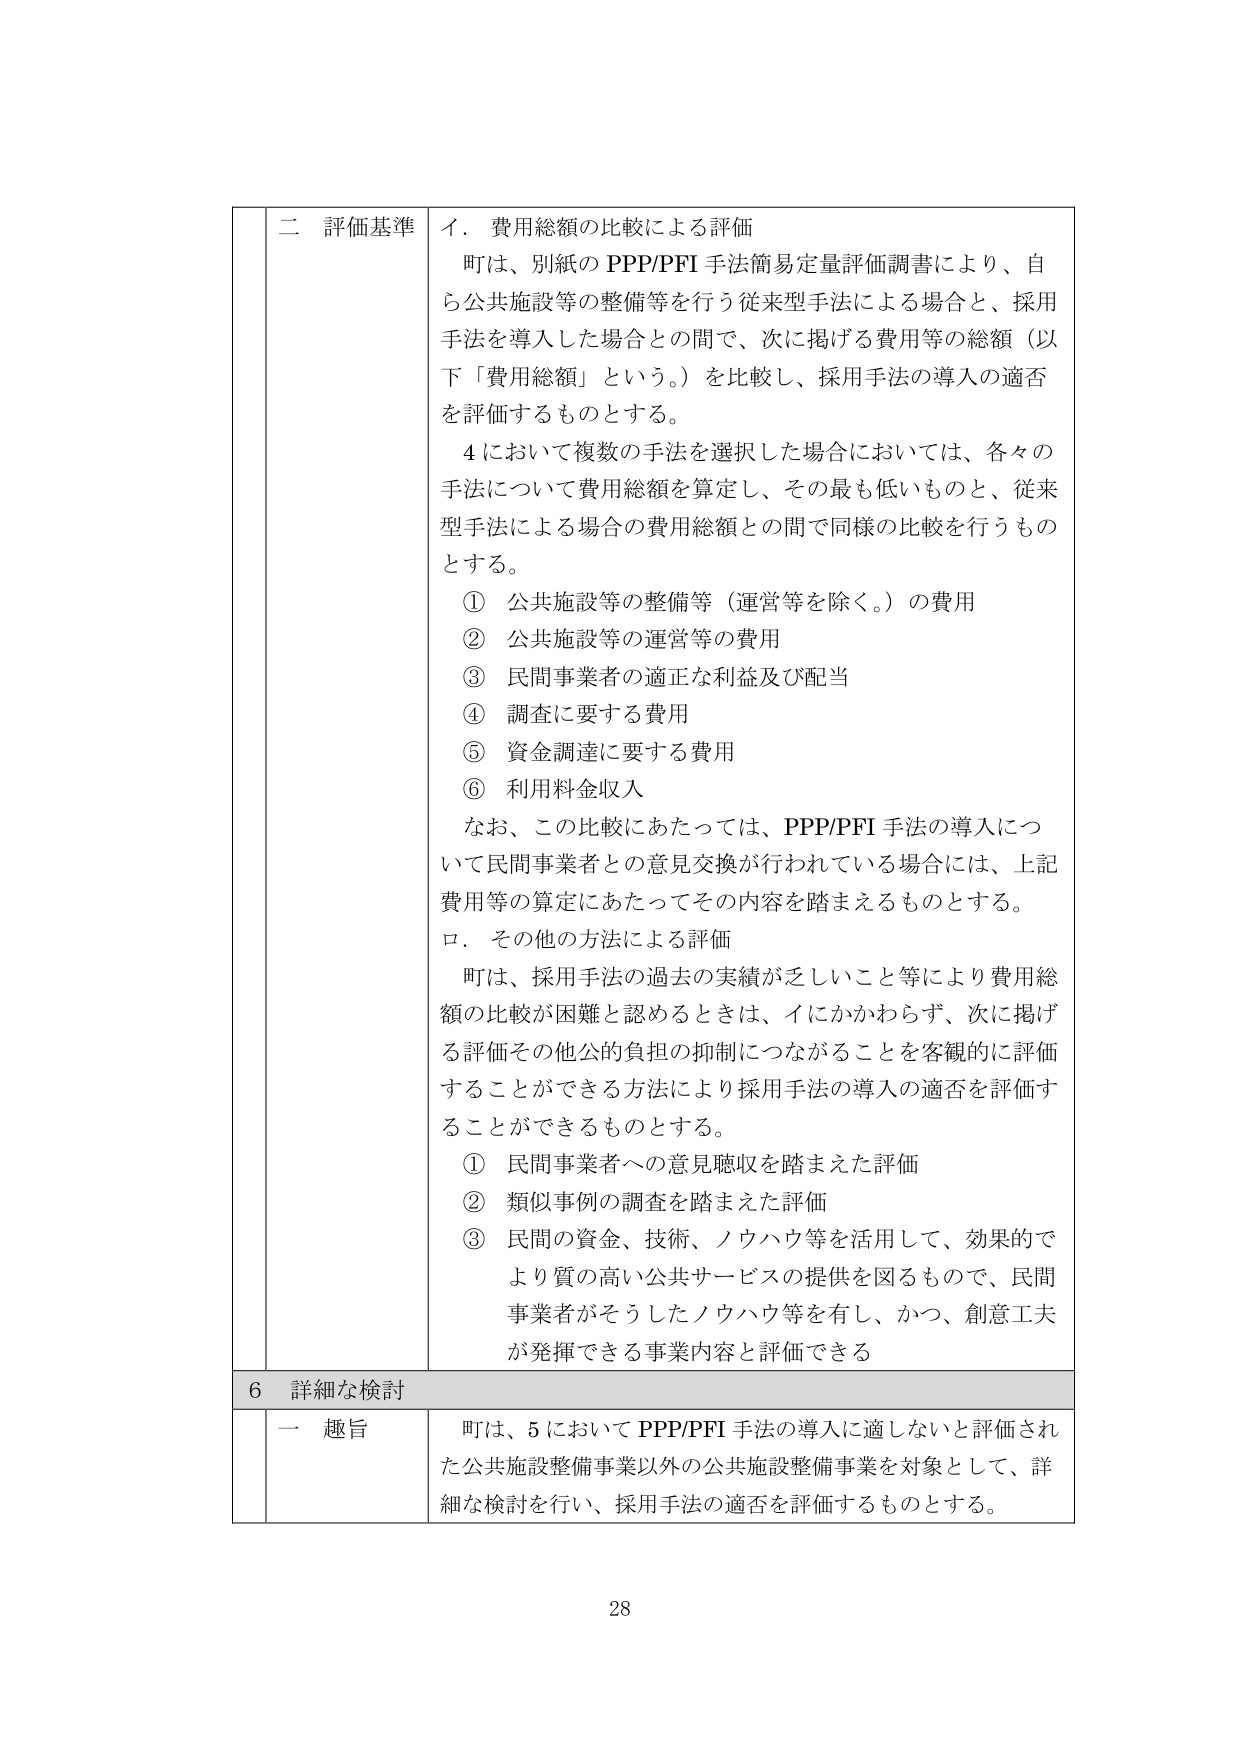
二 評価基準
イ．費用総額の比較による評価
町は、別紙のPPP/PFI手法簡易定量評価調書により、自ら公共施設等の整備等を行う従来型手法による場合と、採用手法を導入した場合との間で、次に掲げる費用等の総額（以下「費用総額」という。）を比較し、採用手法の導入の適否を評価するものとする。
４において複数の手法を選択した場合においては、各々の手法について費用総額を算定し、その最も低いものと、従来型手法による場合の費用総額との間で同様の比較を行うものとする。
① 公共施設等の整備等（運営等を除く。）の費用
② 公共施設等の運営等の費用
③ 民間事業者の適正な利益及び配当
④ 調査に要する費用
⑤ 資金調達に要する費用
⑥ 利用料金収入
なお、この比較にあたっては、PPP/PFI手法の導入について民間事業者との意見交換が行われている場合には、上記費用等の算定にあたってその内容を踏まえるものとする。
ロ．その他の方法による評価
町は、採用手法の過去の実績が乏しいこと等により費用総額の比較が困難と認めるときは、イにかかわらず、次に掲げる評価その他公的負担の抑制につながることを客観的に評価することができる方法により採用手法の導入の適否を評価することができるものとする。
① 民間事業者への意見聴取を踏まえた評価
② 類似事例の調査を踏まえた評価
③ 民間の資金、技術、ノウハウ等を活用して、効果的でより質の高い公共サービスの提供を図るもので、民間事業者がそうしたノウハウ等を有し、かつ、創意工夫が発揮できる事業内容と評価できる

6 詳細な検討
一 趣旨
町は、5においてPPP/PFI手法の導入に適しないと評価された公共施設整備事業以外の公共施設整備事業を対象として、詳細な検討を行い、採用手法の適否を評価するものとする。

28